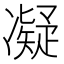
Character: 凝